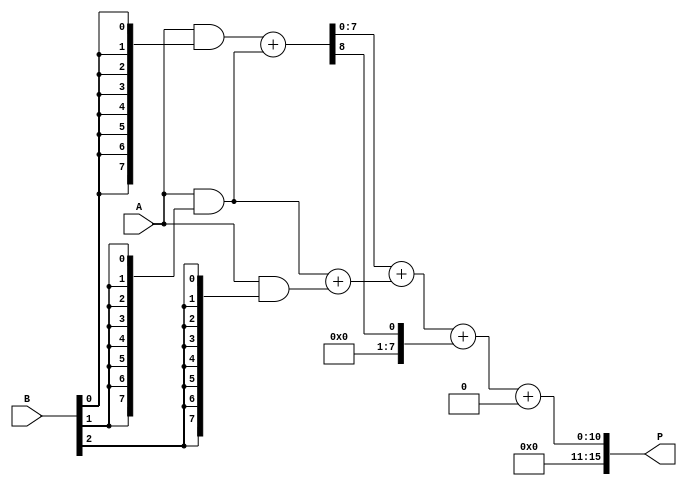
module WallaceTreeMultiplier #(parameter N = 8) (
    input [N-1:0] A,
    input [N-1:0] B,
    output reg [2*N-1:0] P
);

    // Partial product generation
    wire [N-1:0] pp [0:N-1]; // Partial products
    genvar i, j;
    generate
        for (i = 0; i < N; i = i + 1) begin : pp_gen
            assign pp[i] = A & {N{B[i]}}; // AND operation to generate partial products
        end
    endgenerate

    // Wallace Tree Reduction
    wire [N-1:0] sum [0:N-1]; // Sums for Wallace tree
    wire [N-1:0] carry [0:N-1]; // Carries for Wallace tree

    // Initial stage of reduction
    generate
        for (i = 0; i < N; i = i + 1) begin : reduction_stage
            if (i < N-1) begin
                assign {carry[i], sum[i]} = pp[i] + pp[i+1]; // Initial sum of pairs
            end else begin
                assign sum[i] = pp[i]; // Last row remains as is
                assign carry[i] = 0; // No carry for the last row
            end
        end
    endgenerate

    // Final addition using a simple adder (could be optimized further)
    wire [2*N-1:0] final_sum;
    wire [2*N-1:0] final_carry;

    assign {final_carry, final_sum} = {1'b0, sum[0]} + {1'b0, sum[1]} + {1'b0, carry[0]};

    // Final product assignment
    always @(*) begin
        P = final_sum + final_carry; // Final product
    end

endmodule